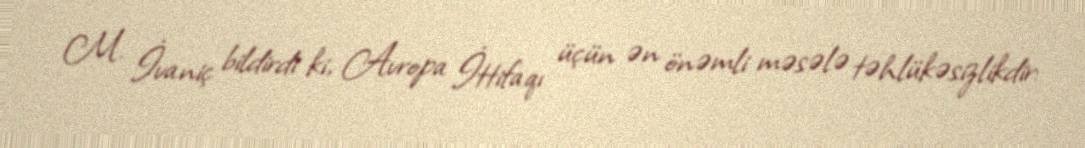
M. İvaniç bildirdi ki, Avropa İttifaqı üçün ən önəmli məsələ təhlükəsizlikdir: